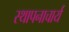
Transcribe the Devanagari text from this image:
स्थापनाचार्य